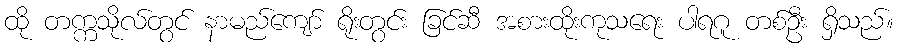
ထို တက္ကသိုလ်တွင် နာမည်ကျော် ရိုးတွင်း ခြင်ဆီ အစားထိုးကုသရေး ပါရဂူ တစ်ဦး ရှိသည်။